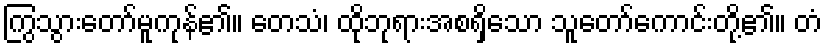
ကြွသွားတော်မူကုန်၏။ တေသံ၊ ထိုဘုရားအစရှိသော သူတော်ကောင်းတို့၏။ တံ